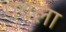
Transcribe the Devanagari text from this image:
पवला